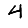
Digit: 4